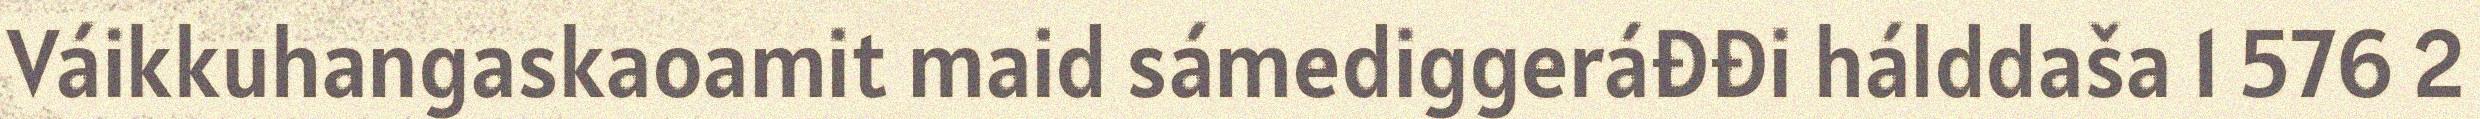
Váikkuhangaskaoamit maid sámediggeráđđi hálddaša 1 576 2